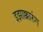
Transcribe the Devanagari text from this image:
इझाक्कारुंग